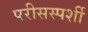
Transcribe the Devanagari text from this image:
परीसस्पर्शी